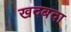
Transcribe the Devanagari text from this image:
खदबदा